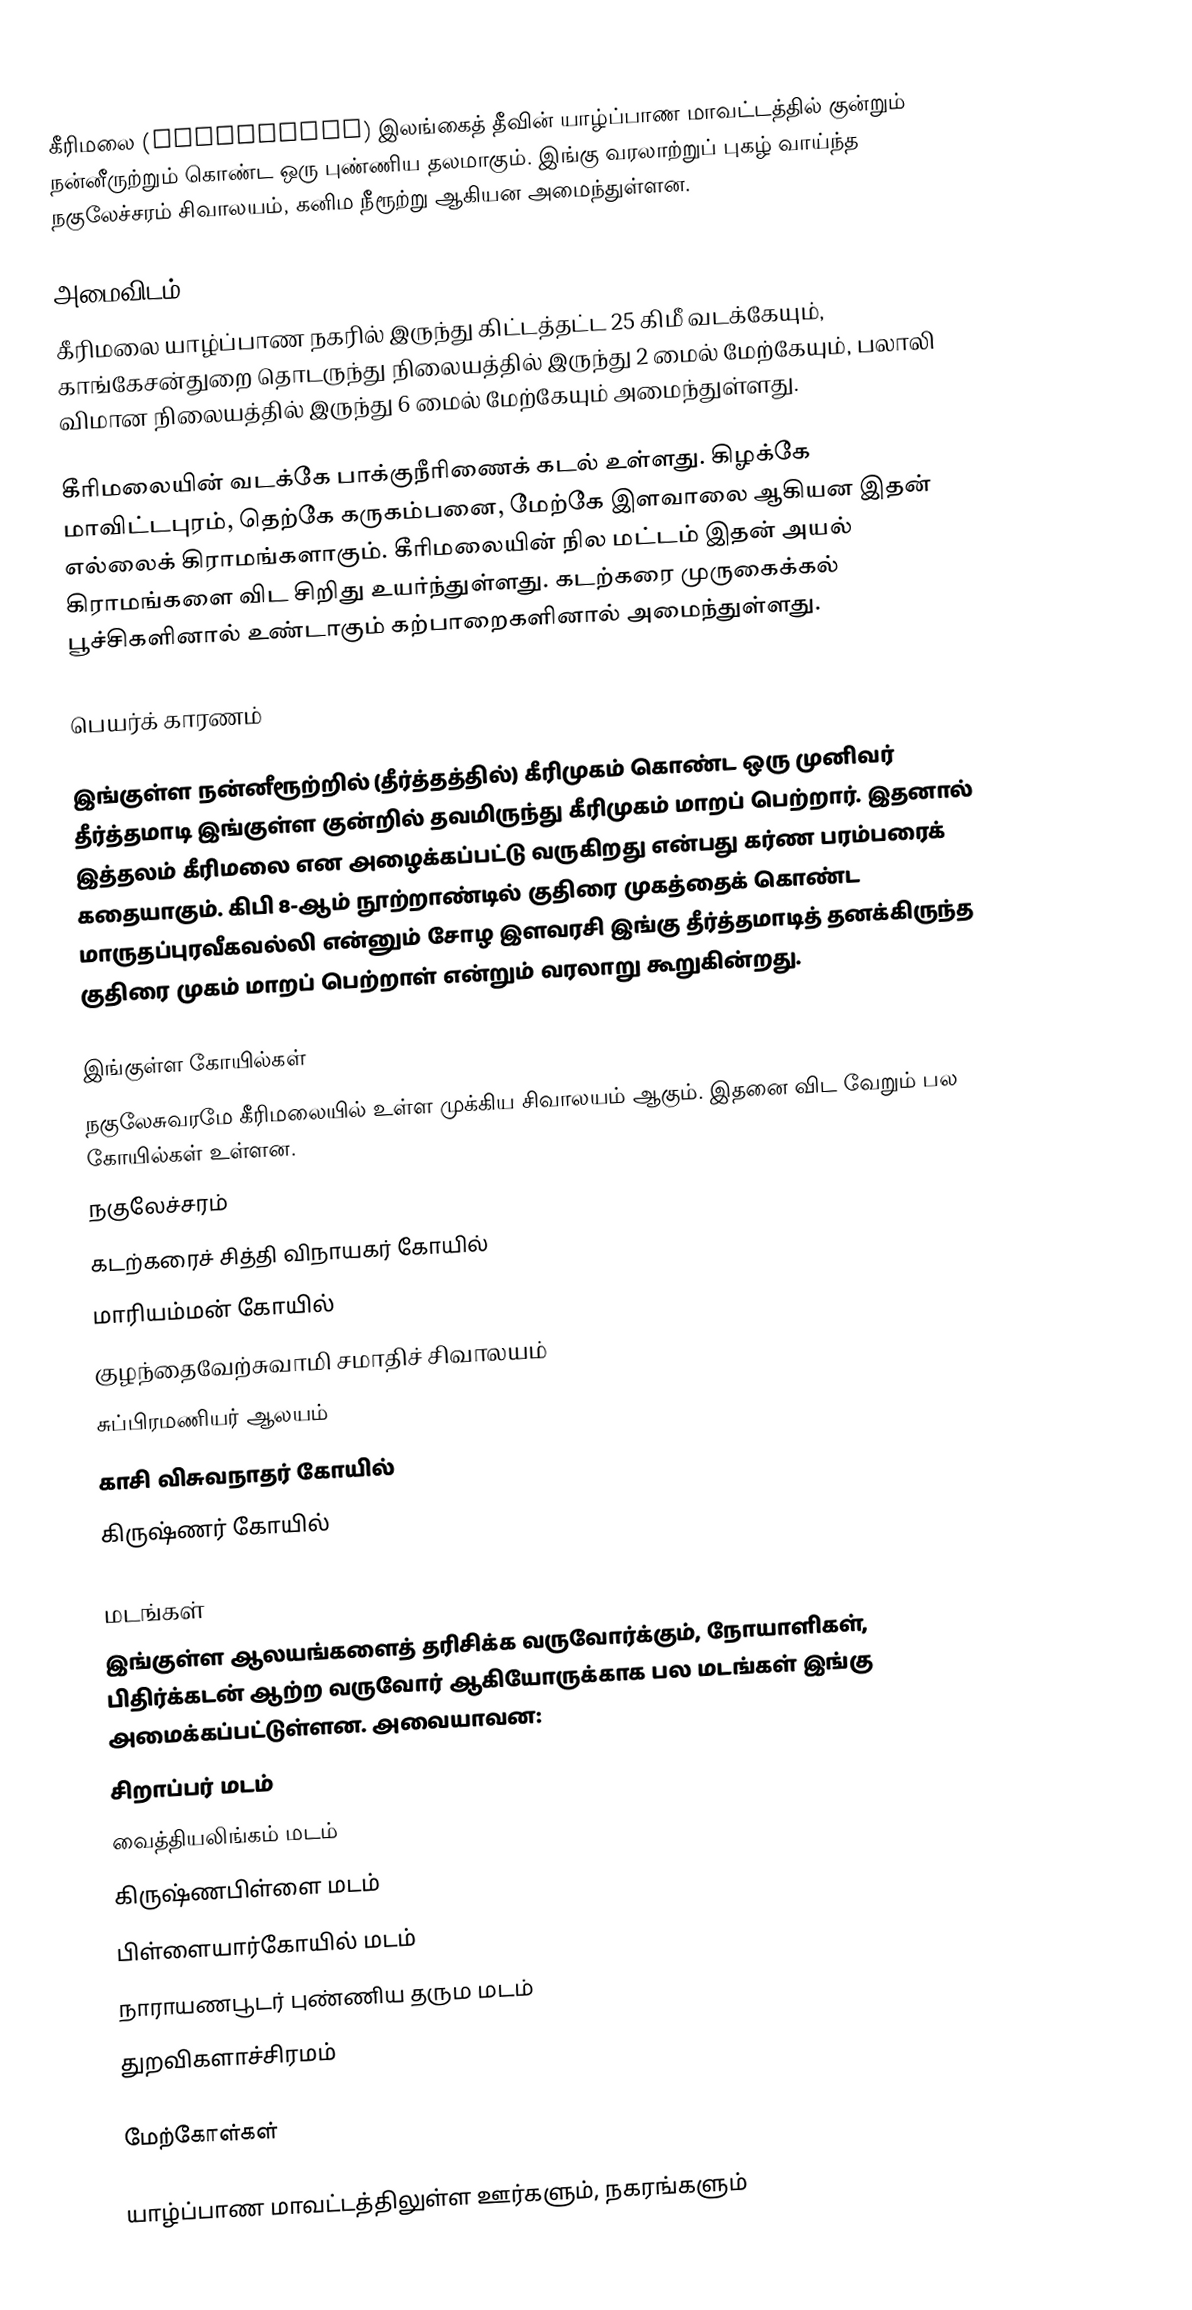
கீரிமலை (Keerimalai) இலங்கைத் தீவின் யாழ்ப்பாண மாவட்டத்தில்  குன்றும் நன்னீருற்றும் கொண்ட ஒரு புண்ணிய தலமாகும். இங்கு வரலாற்றுப் புகழ் வாய்ந்த நகுலேச்சரம் சிவாலயம், கனிம நீரூற்று ஆகியன அமைந்துள்ளன.

அமைவிடம்
கீரிமலை யாழ்ப்பாண நகரில் இருந்து கிட்டத்தட்ட 25 கிமீ வடக்கேயும், காங்கேசன்துறை தொடருந்து நிலையத்தில் இருந்து 2 மைல் மேற்கேயும், பலாலி விமான நிலையத்தில் இருந்து 6 மைல் மேற்கேயும் அமைந்துள்ளது.

கீரிமலையின் வடக்கே பாக்குநீரிணைக் கடல் உள்ளது. கிழக்கே மாவிட்டபுரம், தெற்கே கருகம்பனை, மேற்கே இளவாலை ஆகியன இதன் எல்லைக் கிராமங்களாகும். கீரிமலையின் நில மட்டம் இதன் அயல் கிராமங்களை விட சிறிது உயர்ந்துள்ளது. கடற்கரை முருகைக்கல் பூச்சிகளினால் உண்டாகும் கற்பாறைகளினால் அமைந்துள்ளது.

பெயர்க் காரணம்

இங்குள்ள நன்னீரூற்றில் (தீர்த்தத்தில்) கீரிமுகம் கொண்ட ஒரு முனிவர் தீர்த்தமாடி இங்குள்ள குன்றில் தவமிருந்து கீரிமுகம் மாறப் பெற்றார். இதனால் இத்தலம் கீரிமலை என அழைக்கப்பட்டு வருகிறது என்பது கர்ண பரம்பரைக் கதையாகும். கிபி 8-ஆம் நூற்றாண்டில் குதிரை முகத்தைக் கொண்ட மாருதப்புரவீகவல்லி என்னும் சோழ இளவரசி இங்கு தீர்த்தமாடித் தனக்கிருந்த குதிரை முகம் மாறப் பெற்றாள் என்றும் வரலாறு கூறுகின்றது.

இங்குள்ள கோயில்கள்
நகுலேசுவரமே கீரிமலையில் உள்ள முக்கிய சிவாலயம் ஆகும். இதனை விட வேறும் பல கோயில்கள் உள்ளன.
நகுலேச்சரம்
கடற்கரைச் சித்தி விநாயகர் கோயில்
மாரியம்மன் கோயில்
குழந்தைவேற்சுவாமி சமாதிச் சிவாலயம்
சுப்பிரமணியர் ஆலயம்
காசி விசுவநாதர் கோயில்
கிருஷ்ணர் கோயில்

மடங்கள்
இங்குள்ள ஆலயங்களைத் தரிசிக்க வருவோர்க்கும், நோயாளிகள், பிதிர்க்கடன் ஆற்ற வருவோர் ஆகியோருக்காக பல மடங்கள் இங்கு அமைக்கப்பட்டுள்ளன. அவையாவன:
சிறாப்பர் மடம்
வைத்தியலிங்கம் மடம்
கிருஷ்ணபிள்ளை மடம்
பிள்ளையார்கோயில் மடம்
நாராயணபூடர் புண்ணிய தரும மடம்
துறவிகளாச்சிரமம்

மேற்கோள்கள்

யாழ்ப்பாண மாவட்டத்திலுள்ள ஊர்களும், நகரங்களும்